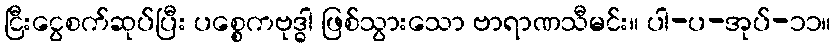
ငြီးငွေစက်ဆုပ်ပြီး ပစ္စေကဗုဒ္ဓါ ဖြစ်သွားသော ဗာရာဏသီမင်း။ ပါ-ပ-အုပ်-၁၁။